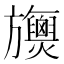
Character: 𣄪